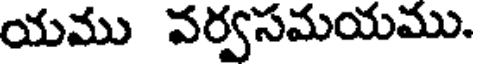
యము వర్వసమయము.